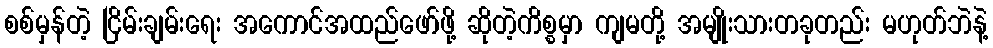
စစ်မှန်တဲ့ ငြိမ်းချမ်းရေး အကောင်အထည်ဖော်ဖို့ ဆိုတဲ့ကိစ္စမှာ ကျမတို့ အမျိုးသားတခုတည်း မဟုတ်ဘဲနဲ့